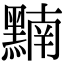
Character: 𪑮